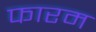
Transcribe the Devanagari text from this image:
फारम